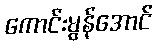
ကောင်းမွန်အောင်